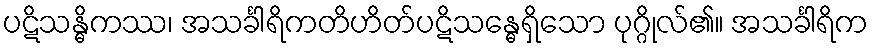
ပဋိသန္ဓိကဿ၊ အသင်္ခါရိကတိဟိတ်ပဋိသန္ဓေရှိသော ပုဂ္ဂိုလ်၏။ အသင်္ခါရိက